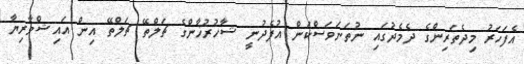
އެފަހަރު މިދެތަރިންގެ ދެމެދުގައި ނުތަނަވަސްކަން އުފެދުނީ ޝާހުރުޚާންގެ ޗަލްތޭ ޗަލްތޭ އިން އައިޝްވާރިޔާ